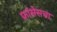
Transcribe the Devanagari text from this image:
फ्रांसेसचा